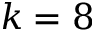
k = 8